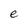
Character: e